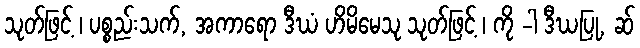
သုတ်ဖြင့် ၊ ပစ္စည်းသက်, အကာရော ဒီဃံ ဟိမိမေသု သုတ်ဖြင့် ၊ ကို -ါ ဒီဃပြု, ဆ်